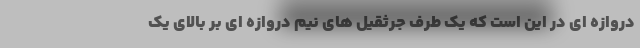
دروازه ای در این است که یک طرف جرثقیل های نیم دروازه ای بر بالای یک